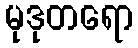
မုဒုတရော